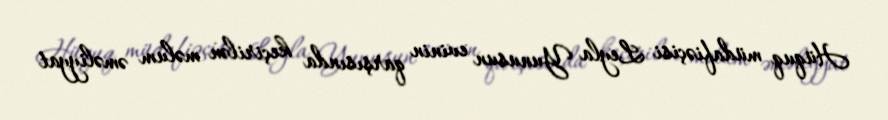
Hüquq müdafiəçisi Leyla Yunusun evinin qarşısında keçirilən məlum əməliyyat